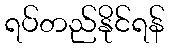
ရပ်တည်နိုင်ရန်